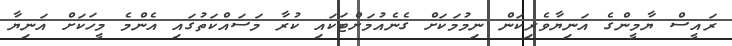
ރައީސް ޔާމީންގެ އަނިޔާވެރިކަން ނިމުމަކަށް ގެނެއުމަށްޓަކައި ކުރާ މަސައްކަތުގައި އެންމެ މީހަކަށް އަނިޔާ